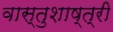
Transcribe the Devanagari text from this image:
वास्तुशाष्त्री